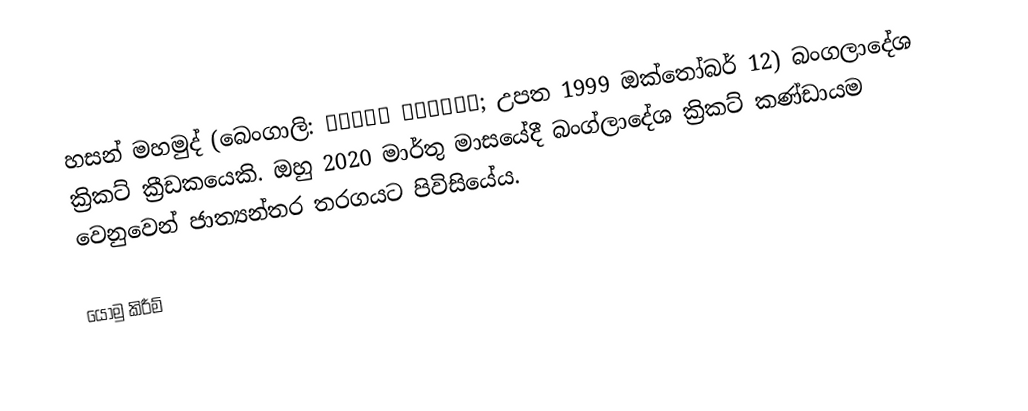
හසන් මහමුද් (බෙංගාලි: হাসান মাহমুদ; උපත 1999 ඔක්තෝබර් 12) බංගලාදේශ ක්‍රිකට් ක්‍රීඩකයෙකි. ඔහු 2020 මාර්තු මාසයේදී බංග්ලාදේශ ක්‍රිකට් කණ්ඩායම වෙනුවෙන් ජාත්‍යන්තර තරගයට පිවිසියේය.

යොමු කිරීම්